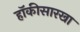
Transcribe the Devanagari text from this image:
हॉकीसारखा